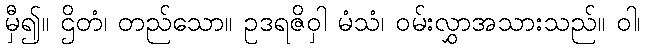
မှီ၍။ ဌိတံ၊ တည်သော။ ဥဒရဇိဝှါ မံသံ၊ ဝမ်းလွှာအသားသည်။ ဝါ၊